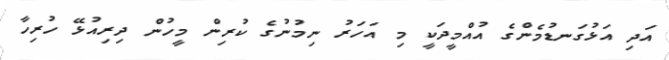
އަދި އަޅުގަނޑުމެންގެ އުއްމީދަކީ މި އަހަރު ނިމުނުގެ ކުރިން މީހުން ދިރިއުޅޭ ހުރިހާ